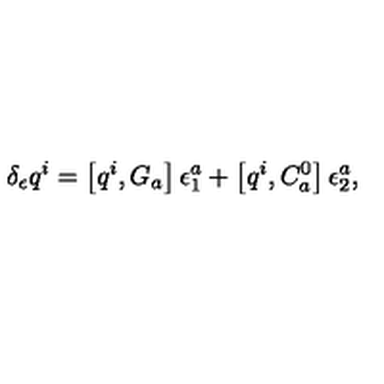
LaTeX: \delta _ { \epsilon } q ^ { i } = \left[ q ^ { i } , G _ { a } \right] \epsilon _ { 1 } ^ { a } + \left[ q ^ { i } , C _ { a } ^ { 0 } \right] \epsilon _ { 2 } ^ { a } ,